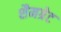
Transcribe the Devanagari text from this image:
शैमग्रेट